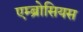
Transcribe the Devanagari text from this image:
एम्ब्रोसियस